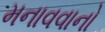
મનાવવાનો